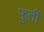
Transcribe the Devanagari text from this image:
फ़ुर्ती